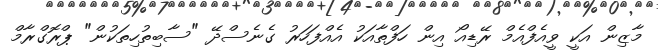
މާޒިން އަކީ ވީއެފްއެމް ރޭޑިއޯ އިން ހަފްތާއަކު އެއްފަހަރު ގެނެސްދޭ "ސާބިތުހިތަކުން" ޕްރޮގްރާމް